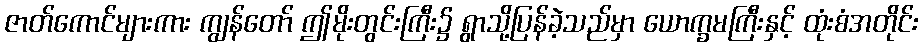
ဇာတ်ကောင်များကား ကျွန်တော် ဤမိုးတွင်းကြီး၌ ရွာသို့ပြန်ခဲ့သည်မှာ ယောက္ခမကြီးနှင့် ထုံးစံအတိုင်း